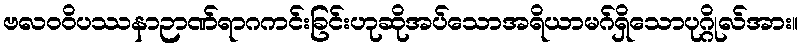
ဗလဝဝိပဿနာဉာဏ်ရာဂကင်းခြင်းဟုဆိုအပ်သောအရိယာမဂ်ရှိသောပုဂ္ဂိုလ်အား။